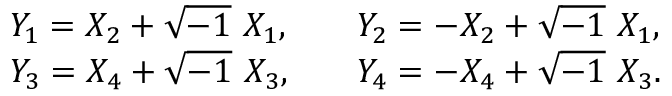
\begin{array} { l l } { { Y _ { 1 } = X _ { 2 } + \sqrt { - 1 } \ X _ { 1 } , \quad } } & { { Y _ { 2 } = - X _ { 2 } + \sqrt { - 1 } \ X _ { 1 } , } } \\ { { Y _ { 3 } = X _ { 4 } + \sqrt { - 1 } \ X _ { 3 } , \quad } } & { { Y _ { 4 } = - X _ { 4 } + \sqrt { - 1 } \ X _ { 3 } . } } \end{array}